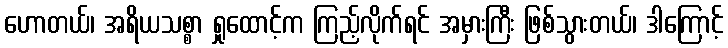
ဟောတယ်၊ အရိယသစ္စာ ရှုထောင့်က ကြည့်လိုက်ရင် အမှားကြီး ဖြစ်သွားတယ်၊ ဒါကြောင့်